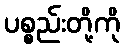
ပစ္စည်းတို့ကို